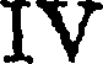
IV